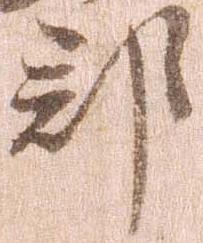
郡